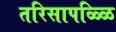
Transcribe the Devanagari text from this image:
तरिसापळ्ळि